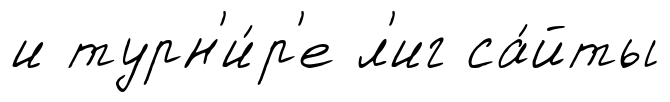
и турн'и́р'е л'иг са́йты